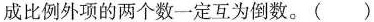
成比例外项的两个数一定互为倒数。（）